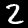
Label: 2